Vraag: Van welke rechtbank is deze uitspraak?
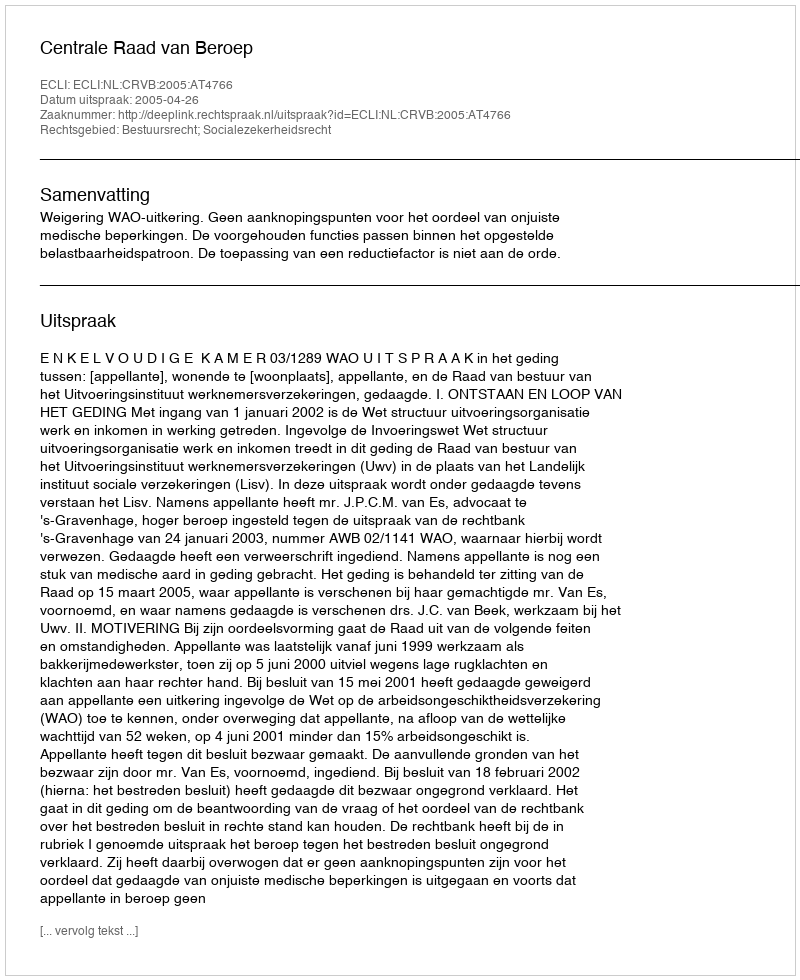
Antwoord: Centrale Raad van Beroep